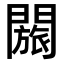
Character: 𬮐